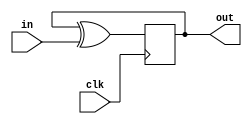
module top_module (
    input clk,
    input in, 
    output out
);

reg q;
wire q_nxt = q ^ in;
always @(posedge clk) q <= q_nxt;
assign out = q;

endmodule